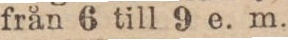
från 6 till 9 e. m.